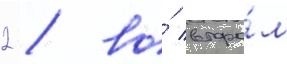
2 / во́ второ́м